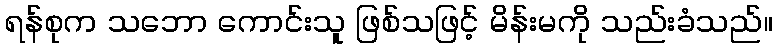
ရန်စုက သဘော ကောင်းသူ ဖြစ်သဖြင့် မိန်းမကို သည်းခံသည်။